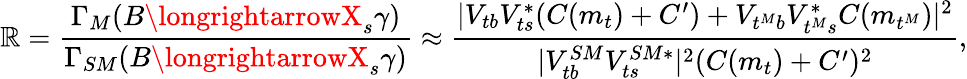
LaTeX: \mathbb{R}=\frac{{\Gamma_{M}(B\longrightarrowX_{s}\gamma)}}{{\Gamma_{SM}(B\longrightarrowX_{s}\gamma)}}\approx\frac{{|V_{tb}V_{ts}^{*}(C(m_{t})+C^{\prime})+V_{t^{M}b}V_{t^{M}s}^{*}C(m_{t^{M}})|^{2}}}{{|V_{tb}^{SM}V_{ts}^{SM*}|^{2}(C(m_{t})+C^{\prime})^{2}}},